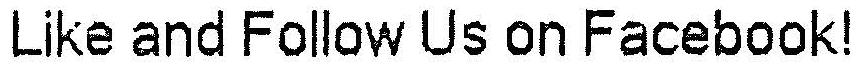
LIKE AND FOLLOW US ON FACEBOOK!